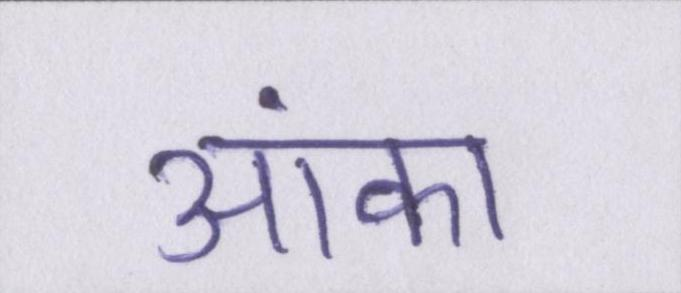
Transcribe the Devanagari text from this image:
आंका